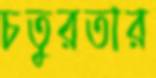
চতুরতার